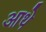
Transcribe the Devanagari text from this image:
आथे